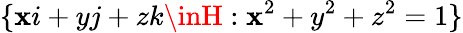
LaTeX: \lbrace\mathbf{x}i+yj+zk\inH:\mathbf{x}^{2}+y^{2}+z^{2}=1\rbrace